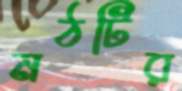
মঠটির